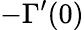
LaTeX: -\Gamma^{\prime}(0)